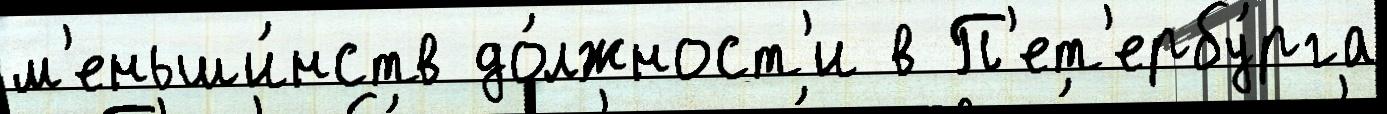
м'еньши́нств до́лжност'и в П'ет'ербу́рга